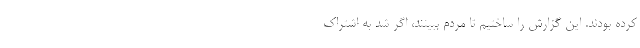
کرده‌ بودند. این گزارش را ساختیم تا مردم ببینند، اگر شد به اشتراک